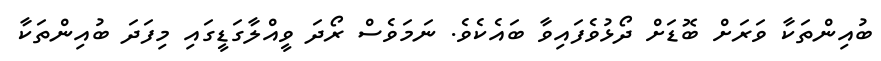
ބުއިންތަކާ ވަރަށް ބޮޑަށް ދޯޅުވެފައިވާ ބައެކެވެ. ނަމަވެސް ރޯދަ ވީއްލާގަޑީގައި މިފަދަ ބުއިންތަކާ